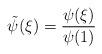
LaTeX: \begin{align*} \tilde{\psi}(\xi) = \frac{\psi(\xi)}{\psi(1)}\end{align*}